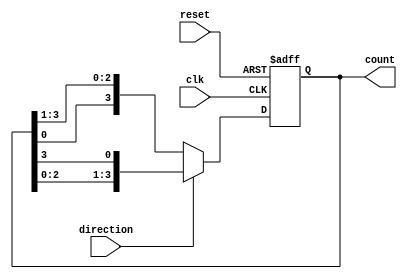
module johnson_gray_counter (
    input clk,
    input reset,
    input direction,
    output reg [3:0] count
);
 
always @(posedge clk or posedge reset) begin
    if (reset) begin
        count <= 4'b0001;
    end else begin
        if (direction) begin
            count <= {count[2:0], count[3]};
        end else begin
            count <= {count[0], count[3:1]};
        end
    end
end
 
endmodule